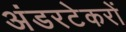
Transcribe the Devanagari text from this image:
अंडरटेकरों